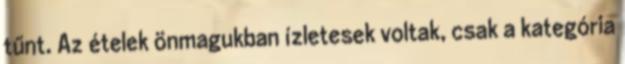
tűnt. Az ételek önmagukban ízletesek voltak, csak a kategória